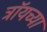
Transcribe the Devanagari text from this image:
ट्रॉयच्या